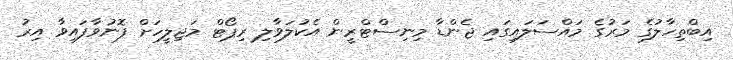
އިބްތިހާލުގެ މަރުގެ މައްސަލައިގައި ޖެންޑާ މިނިސްޓްރީން އެކުލަވާލި ރިޕޯޓް މަޖިލީހަށް ފޮނުވާފައިވާ އިރު